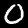
Digit: 0